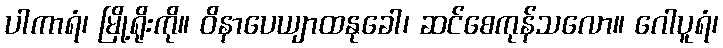
ပါကာရံ၊ မြို့ရိုးကို။ ဝိနာပေယျာထနုခေါ၊ ဆင်စေကုန်သလော။ ဂေါပူရံ၊